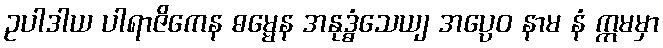
ဥပါဒါယ ပါရာဇိကေန ဓမ္မေန အနုဒ္ဓံသေယျ အပ္ပေဝ နာမ နံ ဣမမှာ